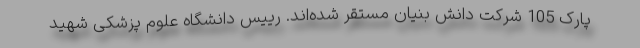
پارک 105 شرکت دانش بنیان مستقر شده‌اند. رییس دانشگاه علوم پزشکی شهید